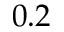
0 . 2